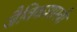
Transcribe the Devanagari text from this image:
जैविकशास्त्री